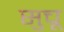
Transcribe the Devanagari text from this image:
सुचू